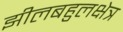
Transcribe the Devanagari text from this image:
झीलबहुलक्षेत्र